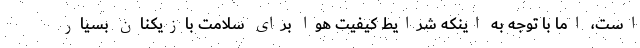
است، اما با توجه به اینکه شرایط کیفیت هوا برای سلامت بازیکنان بسیار